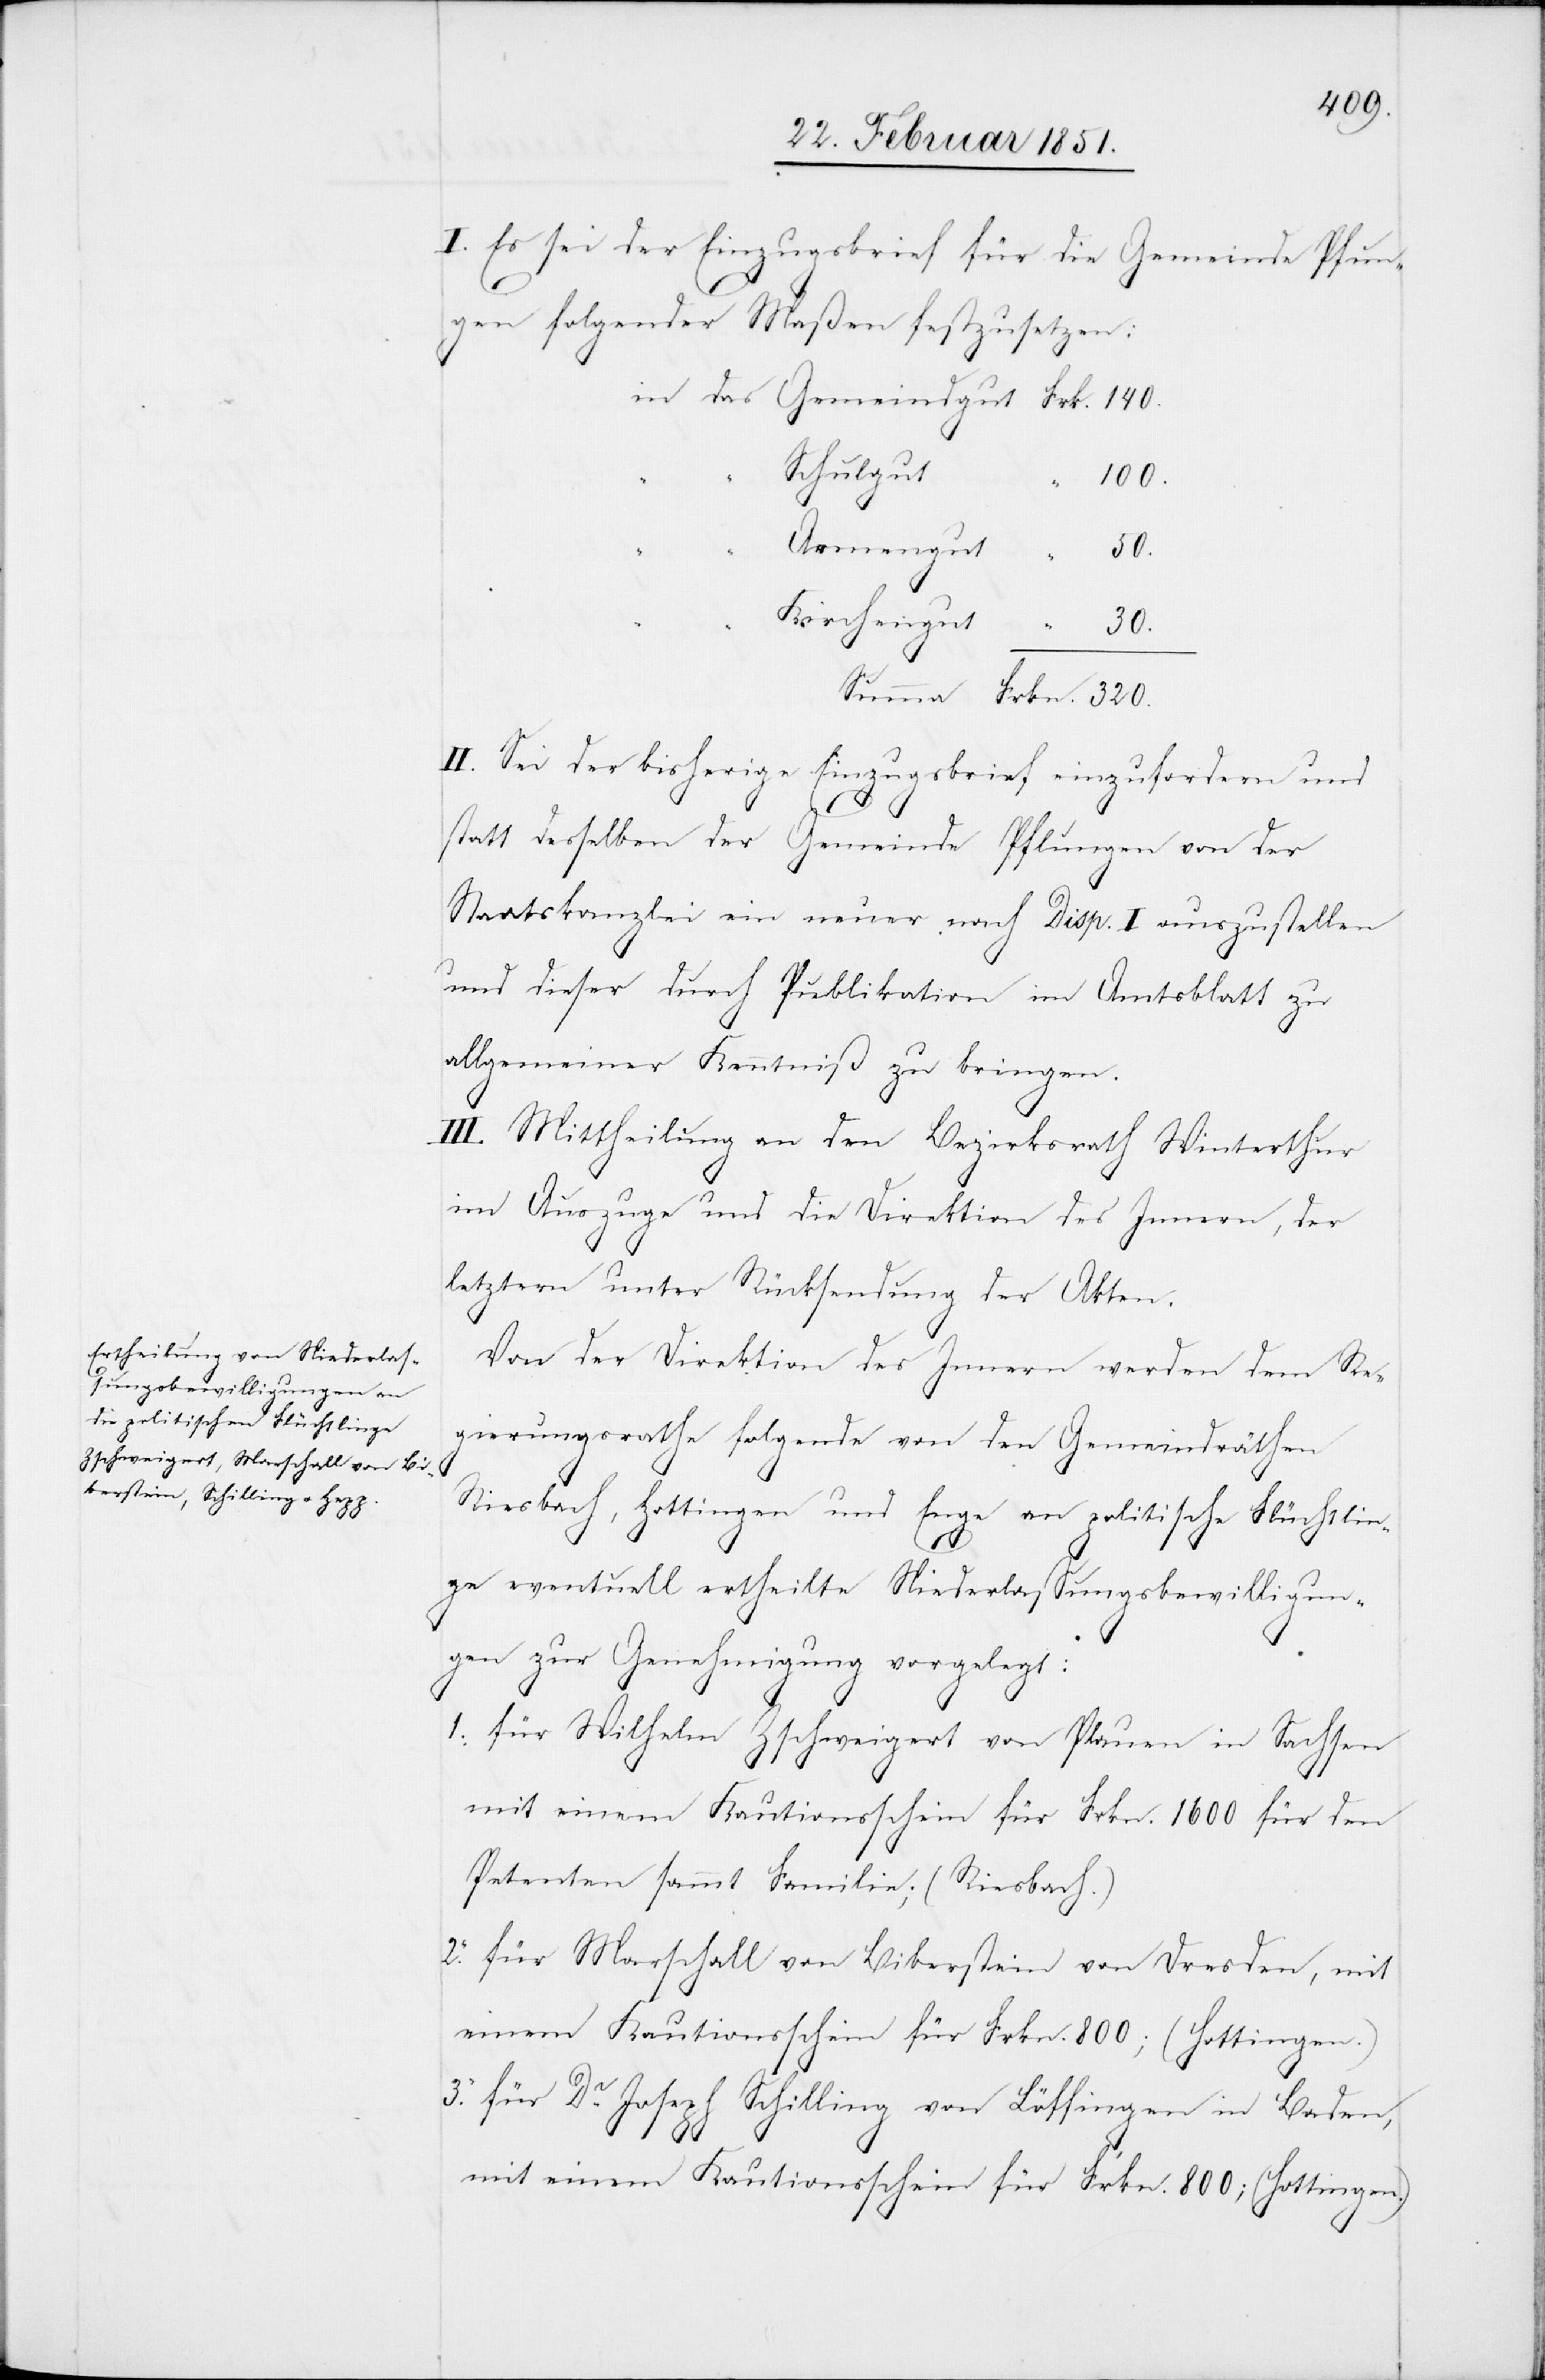
I. Es sei der Einzugsbrief für die Gemeinde Pfun¬
gen folgender Maßen festzusetzen:
Schulgut
100.
Kirchengut
30.
der
II. Sei der bisherige Einzugsbrief einzufordern und
statt desselben der Gemeinde Pflungen [sic!] von
Staatskanzlei ein neuer nach Disp. I auszustellen
und dieser durch Publikation im Amtsblatt zu
allgemeiner Kenntniß zu bringen.
3.
III. Mittheilung an den Bezirksrath Winterthur
im Auszuge und die Direktion des Innern, der
letztern unter Rücksendung der Akten.
Von der Direktion des Innern werden dem Re¬
gierungsrathe folgende von den Gemeindräthen
Riesbach, Hottingen und Enge an politische Flüchtlin¬
2.
ge eventuell ertheilte Niederlassungsbewilligun¬
1.
gen zur Genehmigung vorgelegt:
für Wilhelm Zschweigert von Plauen in Sachsen
mit einem Kautionsschein für Frkn. 1600 für den
Petenten sammt Familie; (Riesbach.)
für Marschall von Biberstein von Dresden, mit
einem Kautionsschein für Frkn. 800; (Hottingen.)
für Dr. Joseph Schilling von Löffingen in Baden,
“ “
mit einem Kautionsschein für Frkn. 800; (Hottingen.)